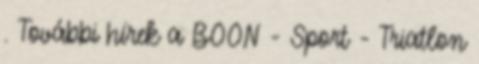
. További hírek a BOON - Sport - Triatlon